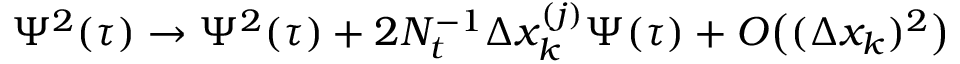
\Psi ^ { 2 } ( \tau ) \rightarrow \Psi ^ { 2 } ( \tau ) + 2 N _ { t } ^ { - 1 } \Delta x _ { k } ^ { ( j ) } \Psi ( \tau ) + O \big ( ( \Delta x _ { k } ) ^ { 2 } \big )